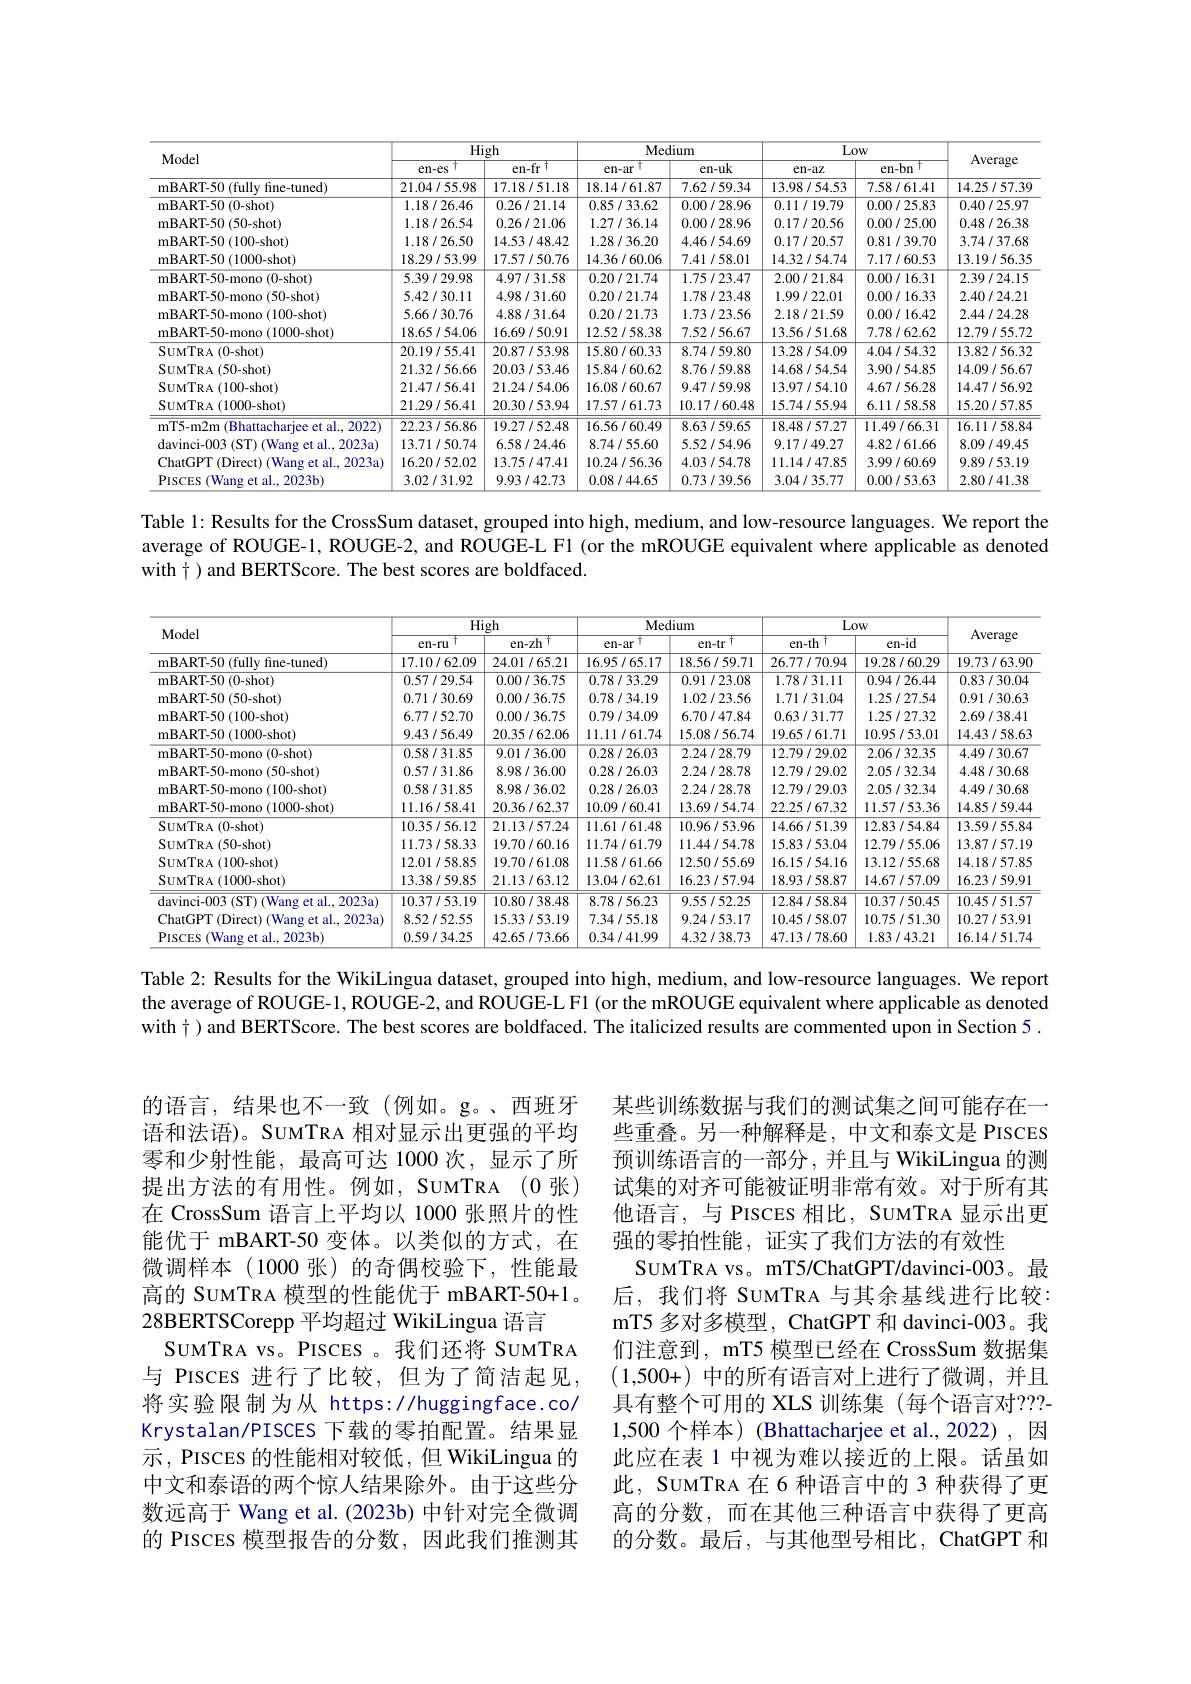
<table>
	<tbody>
		<tr>
			<th rowspan="2">Model</th>
			<th colspan="2">High</th>
			<th colspan="2">Medium</th>
			<th colspan="2">Low</th>
			<th rowspan="2">Average</th>
		</tr>
		<tr>
			<th>en-es 十</th>
			<th>en-fr T</th>
			<th>en-ar 广</th>
			<th>en-uk</th>
			<th>$en-az$</th>
			<th>en-bn n</th>
		</tr>
		<tr>
			<td>mBART-50 (fully fine-tuned)</td>
			<td>21.04/55.98</td>
			<td>17.18/51.18</td>
			<td>18.14/61.87</td>
			<td>7.62/59.34</td>
			<td>13.98/54.53</td>
			<td>7.58/61.41</td>
			<td>14.25/57.39</td>
		</tr>
		<tr>
			<td>mBART- 50 ( 0- shot) </td>
			<td>1.18/26.46</td>
			<td>0.26/21.14</td>
			<td>0.85/33.62</td>
			<td>0.00/28.96</td>
			<td>0.11/19.79</td>
			<td>0.00/25.83</td>
			<td>0.40/25.97</td>
		</tr>
		<tr>
			<td>mBART- 50 ( 50- shot) </td>
			<td>1.18/26.54</td>
			<td>0.26/21.06</td>
			<td>1.27/36.14</td>
			<td>0.00/28.96</td>
			<td>0.17/20.56</td>
			<td>0.00/25.00</td>
			<td>0.48/26.38</td>
		</tr>
		<tr>
			<td>mBART- 50 ( 100- shot) </td>
			<td>1.18/26.50</td>
			<td>14.53/48.42</td>
			<td>1.28/36.20</td>
			<td>4.46/54.69</td>
			<td>0.17/20.57</td>
			<td>0.81/39.70</td>
			<td>3.74/37.68</td>
		</tr>
		<tr>
			<td>mBART- 50 ( 1000- shot) </td>
			<td>18.29/53.99</td>
			<td>17.57/50.76</td>
			<td>14.36/60.06</td>
			<td>7.41/58.01</td>
			<td>14.32/54.74</td>
			<td>7.17/60.53</td>
			<td>13.19/56.35</td>
		</tr>
		<tr>
			<td>mBART- 50- mono ( 0- shot) </td>
			<td>5.39/29.98</td>
			<td>4.97/31.58</td>
			<td>0.20/21.74</td>
			<td>1.75/23.47</td>
			<td>2.00/21.84</td>
			<td>0.00/16.31</td>
			<td>2.39/24.15</td>
		</tr>
		<tr>
			<td>mBART- 50- mono ( 50- shot) </td>
			<td>5.42/30.11</td>
			<td>4.98/31.60</td>
			<td>0.20/21.74</td>
			<td>1.78/23.48</td>
			<td>1.99/22.01</td>
			<td>0.00/16.33</td>
			<td>2.40/24.21</td>
		</tr>
		<tr>
			<td>mBART- 50- mono ( 100- shot) </td>
			<td>5.66/30.76</td>
			<td>4.88/31.64</td>
			<td>0.20/21.73</td>
			<td>1.73/23.56</td>
			<td>2.18/21.59</td>
			<td>0.00/16.42</td>
			<td>2.44/24.28</td>
		</tr>
		<tr>
			<td>mBART- 50- mono ( 1000- shot) </td>
			<td>18.65/54.06</td>
			<td>16.69/50.91</td>
			<td>12.52/58.38</td>
			<td>7.52/56.67</td>
			<td>13.56/51.68</td>
			<td>7.78/62.62</td>
			<td>12.79/55.72</td>
		</tr>
		<tr>
			<td>$SUMTRA(0-shot)$</td>
			<td>20.19/55.41</td>
			<td>20.87/53.98</td>
			<td>15.80/60.33</td>
			<td>8.74/59.80</td>
			<td>13.28/54.09</td>
			<td>4.04/54.32</td>
			<td>13.82/56.32</td>
		</tr>
		<tr>
			<td>$S_{\mathrm{UMTRA}}(50-shot)$</td>
			<td>21.32/56.66</td>
			<td>20.03/53.46</td>
			<td>15.84/60.62</td>
			<td>8.76/59.88</td>
			<td>14.68/54.54</td>
			<td>3.90/54.85</td>
			<td>14.09/56.67</td>
		</tr>
		<tr>
			<td>SUMTRA ( 100- shot) </td>
			<td>21.47/56.41</td>
			<td>21.24/54.06</td>
			<td>16.08/60.67</td>
			<td>9.47/59.98</td>
			<td>13.97/54.10</td>
			<td>4.67/56.28</td>
			<td>14.47/56.92</td>
		</tr>
		<tr>
			<td>SuMTRA ( 1000- shot) </td>
			<td>21.29/56.41</td>
			<td>20.30/53.94</td>
			<td>17.57/61.73</td>
			<td>10.17/60.48</td>
			<td>15.74/55.94</td>
			<td>6.11/58.58</td>
			<td>15.20/57.85</td>
		</tr>
		<tr>
			<td>mT5-m2m (Bhattacharjee et al., 2022)</td>
			<td>22.23/56.86</td>
			<td>19.27/52.48</td>
			<td>16.56/60.49</td>
			<td>8.63/59.65</td>
			<td>18.48/57.27</td>
			<td>11.49/66.31</td>
			<td>16.11/58.84</td>
		</tr>
		<tr>
			<td>davinci- 003 ( ST) ( Wang et al. , 2023a) </td>
			<td>13.71/50.74</td>
			<td>6.58/24.46</td>
			<td>8.74/55.60</td>
			<td>5.52/54.96</td>
			<td>9.17/49.27</td>
			<td>4.82/61.66</td>
			<td>8.09/49.45</td>
		</tr>
		<tr>
			<td>ChatGPT ( Direct) ( Wang et al. , 2023a) </td>
			<td>16.20/52.02</td>
			<td>13.75/47.41</td>
			<td>10.24/56.36</td>
			<td>4.03/54.78</td>
			<td>11.14/47.85</td>
			<td>3.99/60.69</td>
			<td>9.89/53.19</td>
		</tr>
		<tr>
			<td>PISCES (Wang et al., 2023b)</td>
			<td>3.02/31.92</td>
			<td>9.93/42.73</td>
			<td>0.08/44.65</td>
			<td>0.73/39.56</td>
			<td>3.04/35.77</td>
			<td>0.00/53.63</td>
			<td>2.80/41.38</td>
		</tr>
	</tbody>
</table>

Table 1: Results for the CrossSum dataset, grouped into high, medium, and low-resource languages. We report the average of ROUGE-1, ROUGE-2, and ROUGE-L F1 (or the mROUGE equivalent where applicable as denoted with $\dagger$ ) and BERTScore. The best scores are boldfaced.

<table>
	<tbody>
		<tr>
			<th rowspan="2">Model</th>
			<th colspan="2">High</th>
			<th colspan="2">Medium</th>
			<th colspan="2">Low</th>
			<th rowspan="2">Average</th>
		</tr>
		<tr>
			<th>$\daleth$ en-ru</th>
			<th>en-zh T</th>
			<th>T en-ar</th>
			<th>.寸 en-tr</th>
			<th>en-th T</th>
			<th>en-id</th>
		</tr>
		<tr>
			<td>mBART-50(fully fine-tuned)</td>
			<td>17.10/62.09</td>
			<td>24.01/65.21</td>
			<td>16.95/65.17</td>
			<td>18.56/59.71</td>
			<td>26.77/70.94</td>
			<td>19.28/60.29</td>
			<td>19.73/63.90</td>
		</tr>
		<tr>
			<td>mBART- 50 ( 0- shot) </td>
			<td>0.57/29.54</td>
			<td>0.00/36.75</td>
			<td>0.78/33.29</td>
			<td>0.91/23.08</td>
			<td>1.78/31.11</td>
			<td>0.94/26.44</td>
			<td>0.83/30.04</td>
		</tr>
		<tr>
			<td>mBART- 50 ( 50- shot) </td>
			<td>0.71/30.69</td>
			<td>0.00/36.75</td>
			<td>0.78/34.19</td>
			<td>1.02/23.56</td>
			<td>1.71/31.04</td>
			<td>1.25/27.54</td>
			<td>0.91/30.63</td>
		</tr>
		<tr>
			<td>mBART- 50 ( 100- shot) </td>
			<td>6.77/52.70</td>
			<td>0.00/36.75</td>
			<td>0.79/34.09</td>
			<td>6.70/47.84</td>
			<td>0.63 / 31.77</td>
			<td>1.25/27.32</td>
			<td>2.69/38.41</td>
		</tr>
		<tr>
			<td>mBART- 50 ( 1000- shot) </td>
			<td>9.43/56.49</td>
			<td>20.35/62.06</td>
			<td>11.11/61.74</td>
			<td>15.08/56.74</td>
			<td>19.65/61.71</td>
			<td>10.95/53.01</td>
			<td>14.43/58.63</td>
		</tr>
		<tr>
			<td>mBART- 50- mono ( 0- shot) </td>
			<td>0.58/31.85</td>
			<td>9.01/36.00</td>
			<td>0.28/26.03</td>
			<td>2.24/28.79</td>
			<td>12.79/29.02</td>
			<td>2.06/32.35</td>
			<td>4.49/30.67</td>
		</tr>
		<tr>
			<td>mBART- 50- mono ( 50- shot) </td>
			<td>0.57/31.86</td>
			<td>8.98/36.00</td>
			<td>0.28/26.03</td>
			<td>2.24/28.78</td>
			<td>12.79/29.02</td>
			<td>2.05/32.34</td>
			<td>4.48/30.68</td>
		</tr>
		<tr>
			<td>mBART- 50- mono ( 100- shot) </td>
			<td>0.58/31.85</td>
			<td>8.98/36.02</td>
			<td>0.28/26.03</td>
			<td>2.24/28.78</td>
			<td>12.79/29.03</td>
			<td>2.05/32.34</td>
			<td>4.49/30.68</td>
		</tr>
		<tr>
			<td>mBART- 50- mono ( 1000- shot) </td>
			<td>11.16/58.41</td>
			<td>20.36/62.37</td>
			<td>10.09/60.41</td>
			<td>13.69/54.74</td>
			<td>22.25/67.32</td>
			<td>11.57/53.36</td>
			<td>14.85/59.44</td>
		</tr>
		<tr>
			<td>$SUMTRA(0-shot)$</td>
			<td>10.35/56.12</td>
			<td>21.13/57.24</td>
			<td>11.61/61.48</td>
			<td>10.96/53.96</td>
			<td>14.66/51.39</td>
			<td>12.83/54.84</td>
			<td>13.59/55.84</td>
		</tr>
		<tr>
			<td>SUMTRA( 50- shot) </td>
			<td>11.73/58.33</td>
			<td>19.70/60.16</td>
			<td>11.74/61.79</td>
			<td>11.44/54.78</td>
			<td>15.83/53.04</td>
			<td>12.79/55.06</td>
			<td>13.87/57.19</td>
		</tr>
		<tr>
			<td>SUMTRA( 100- shot) </td>
			<td>12.01/58.85</td>
			<td>19.70/61.08</td>
			<td>11.58/61.66</td>
			<td>12.50/55.69</td>
			<td>16.15/54.16</td>
			<td>13.12/55.68</td>
			<td>14.18/57.85</td>
		</tr>
		<tr>
			<td>SuMTRA ( 1000- shot) </td>
			<td>13.38/59.85</td>
			<td>21.13/63.12</td>
			<td>13.04/62.61</td>
			<td>16.23/57.94</td>
			<td>18.93/58.87</td>
			<td>14.67/57.09</td>
			<td>16.23/59.91</td>
		</tr>
		<tr>
			<td>${\mathrm{davinci-003~(ST)~(Wang~et~al.,~2023a)}}$</td>
			<td>10.37/53.19</td>
			<td>10.80/38.48</td>
			<td>8.78/56.23</td>
			<td>9.55/52.25</td>
			<td>12.84/58.84</td>
			<td>10.37/50.45</td>
			<td>10.45/51.57</td>
		</tr>
		<tr>
			<td>ChatGPT ( Direct) ( Wang et al. , 2023a) </td>
			<td>8.52/52.55</td>
			<td>15.33/53.19</td>
			<td>7.34/55.18</td>
			<td>9.24/53.17</td>
			<td>10.45/58.07</td>
			<td>10.75/51.30</td>
			<td>10.27/53.91</td>
		</tr>
		<tr>
			<td>(Wang et al., 2023b) PISCES</td>
			<td>0.59/34.25</td>
			<td>42.65/73.66</td>
			<td>0.34/41.99</td>
			<td>4.32/38.73</td>
			<td>47.13/78.60</td>
			<td>1.83/43.21</td>
			<td>16.14/51.74</td>
		</tr>
	</tbody>
</table>

Table 2: Results for the WikiLingua dataset, grouped into high, medium, and low-resource languages. We report the average of ROUGE-1, ROUGE-2, and ROUGE-L F1 (or the mROUGE equivalent where applicable as denoted with $\dagger$ )and BERTScore. The best scores are boldfaced. The italicized results are commented upon in Section 5 .

的语言，结果也不一致(例如。g。、西班牙语和法语)。SUMTRA 相对显示出更强的平均零和少射性能，最高可达 1000 次，显示了所提出方法的有用性。例如，SUMTRA (0 张) 在 CrossSum 语言上平均以 1000 张照片的性能优于 mBART-50 变体。以类似的方式，在微调样本(1000 张)的奇偶校验下，性能最高的 SUMTRA 模型的性能优于 mBART-50+1。28BERTSCorepp 平均超过 WikiLingua 语言
SUMTRA vs。PISCES 。我们还将 SUMTRA 与 PISCES 进行了比较，但为了简洁起见将实验限制为从 https://huggingface.co/ Krystalan/PISCES 下载的零拍配置。结果显示，PISCEs 的性能相对较低，但 WikiLingua 的中文和泰语的两个惊人结果除外。由于这些分数远高于 Wang et al. (2023b) 中针对完全微调的 PISCES 模型报告的分数，因此我们推测其

某些训练数据与我们的测试集之间可能存在一些重叠。另一种解释是，中文和泰文是 PISCES 预训练语言的一部分，并且与 WikiLingua 的测试集的对齐可能被证明非常有效。对于所有其他语言，与 PISCES 相比，SUMTRA 显示出更强的零拍性能，证实了我们方法的有效性
SUMTRA vs。mT5/ChatGPT/davinci-003。最后，我们将 SUMTRA 与其余基线进行比较： mT5 多对多模型，ChatGPT 和 davinci-003。我们注意到，mT5 模型已经在 CrossSum 数据集(1,500+)中的所有语言对上进行了微调，并且具有整个可用的 XLS 训练集 (每个语言对？??- 1,500 个样本) (Bhattacharjee et al.,2022),因此应在表 1 中视为难以接近的上限。话虽如此，SUMTRA 在 6 种语言中的 3 种获得了更高的分数，而在其他三种语言中获得了更高的分数。最后，与其他型号相比，ChatGPT 和